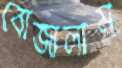
বোজালাম